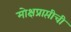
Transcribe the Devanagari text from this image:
मोक्षप्राप्तीची